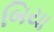
બિયા